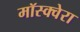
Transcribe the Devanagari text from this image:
मॉस्क्वेरा